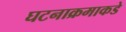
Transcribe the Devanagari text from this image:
घटनाक्रमाकडे